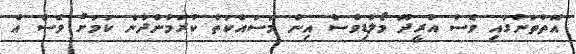
އޮތްތަނުގައި ވެސް އުރީދޫ މޯލްޑިވްސް އިން މަސައްކަތް ކުރަމުންދާނެ ކަމަށް ވެސް އެ